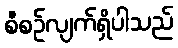
စီစဉ်လျက်ရှိပါသည်